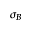
\sigma _ { B }